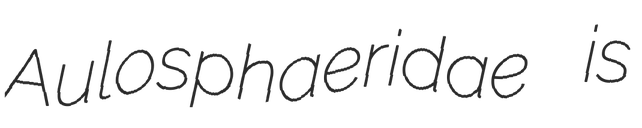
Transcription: Aulosphaeridae is